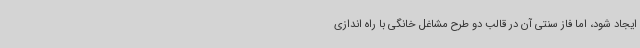
ایجاد شود، اما فاز سنتی آن در قالب دو طرح مشاغل خانگی با راه اندازی